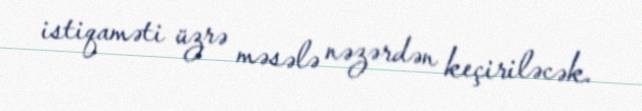
istiqaməti üzrə məsələ nəzərdən keçiriləcək.